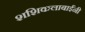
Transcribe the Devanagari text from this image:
शशिकलाबाईंनी